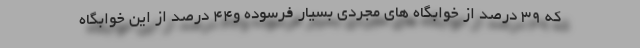
که ۳۹ درصد از خوابگاه های مجردی بسیار فرسوده و۴۴ درصد از این خوابگاه